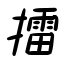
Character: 擂